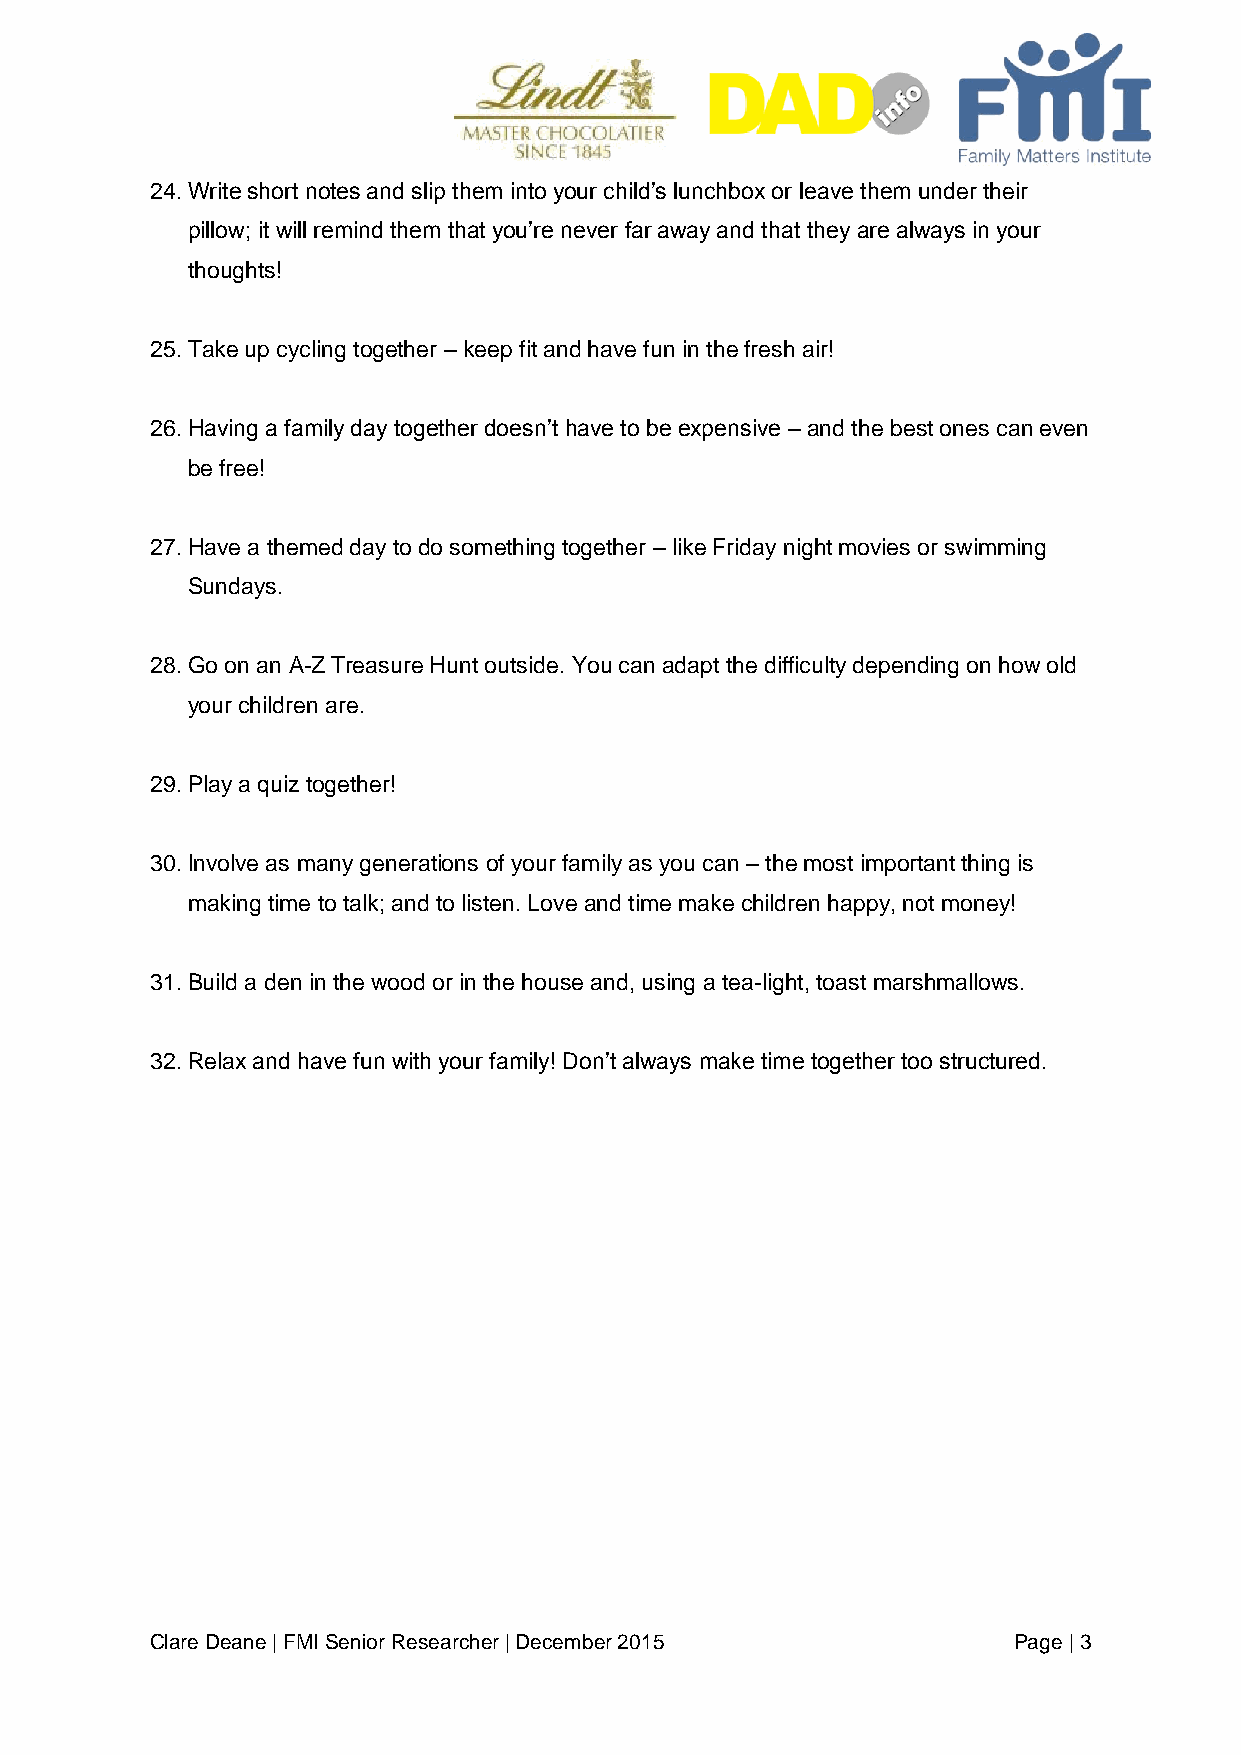
24. Write short notes and slip them into your child’s lunchbox or leave them under their
 pillow; it will remind them that you’re never far away and that they are always in your
 thoughts!
 25. Take up cycling together – keep fit and have fun in the fresh air!
 26. Having a family day together doesn’t have to be expensive – and the best ones can even
 be free!
 27. Have a themed day to do something together – like Friday night movies or swimming
 Sundays.
 28. Go on an A-Z Treasure Hunt outside. You can adapt the difficulty depending on how old
 your children are.
 29. Play a quiz together!
 30. Involve as many generations of your family as you can – the most important thing is
 making time to talk; and to listen. Love and time make children happy, not money!
 31. Build a den in the wood or in the house and, using a tea-light, toast marshmallows.
 32. Relax and have fun with your family! Don’t always make time together too structured.
 Clare Deane | FMI Senior Researcher | December 2015      Page | 3